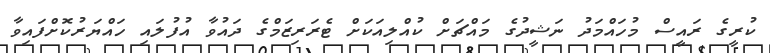
ކުރީގެ ރައީސް މުހައްމަދު ނަޝީދުގެ މައްޗަށް ކުއްލިއަކަށް ޓެރަރިޒަމްގެ ދައުވާ އުފުލައި ހައްޔަރުކޮށްފައިވާ